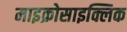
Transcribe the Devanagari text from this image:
माइक्रोसाइक्लिक